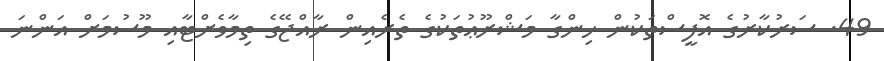
49. ސަރުކާރުގެ އޮފީސްތަކުން ހިންގާ މަޝްރޫޢުތަކުގެ ތެރެއިން ރާއްޖޭގެ ތިމާވެށްޓާއި މޫސުމަށް އަންނަ